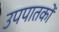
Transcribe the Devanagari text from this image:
उपपातकों